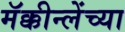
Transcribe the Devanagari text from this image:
मॅक्कीन्लेंच्या